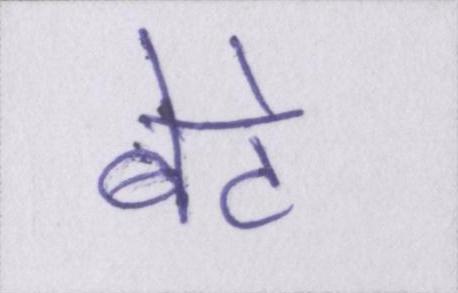
बेटे